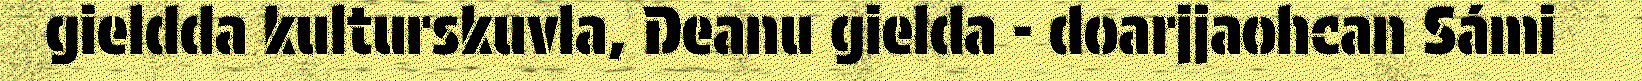
gieldda kulturskuvla, Deanu gielda - doarjjaohcan Sámi